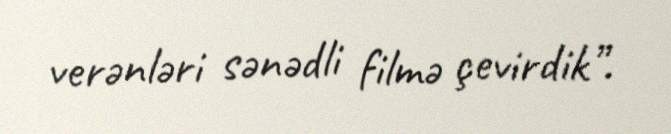
verənləri sənədli filmə çevirdik”.